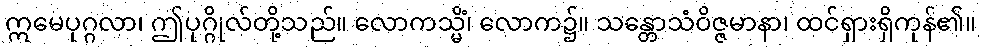
ဣမေပုဂ္ဂလာ၊ ဤပုဂ္ဂိုလ်တို့သည်။ လောကသ္မိံ၊ လောက၌။ သန္တောသံဝိဇ္ဇမာနာ၊ ထင်ရှားရှိကုန်၏။